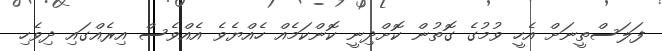
ފަލަސްތީނަށް އެހީ ވުމުގެ ގޮތުން ކޮށްދިނީ ކޮންކަމެއް ހެއްޔެވެ އެއްވެސް އިރެއްގައި ދިވެހި